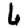
Digit: 6